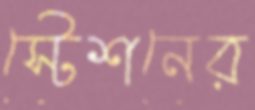
স্টেশনের